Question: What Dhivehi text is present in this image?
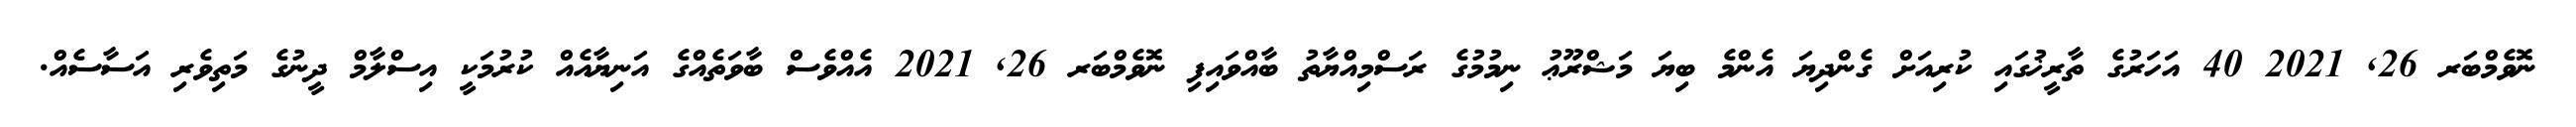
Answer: ނޮވެމްބަރ 26, 2021 40 އަހަރުގެ ތާރީޚުގައި ކުރިއަށް ގެންދިޔަ އެންމެ ބިޔަ މަޝްރޫޢު ނިމުމުގެ ރަސްމިއްޔާތު ބާއްވައިފި ނޮވެމްބަރ 26, 2021 އެއްވެސް ބާވަތެއްގެ އަނިޔާއެއް ކުރުމަކީ އިސްލާމް ދީނުގެ މަތިވެރި އަސާސެއް.